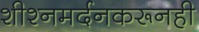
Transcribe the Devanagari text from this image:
शीश्नमर्दनकरूनही